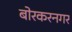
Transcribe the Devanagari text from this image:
बोरकरनगर